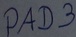
Text: PAD3